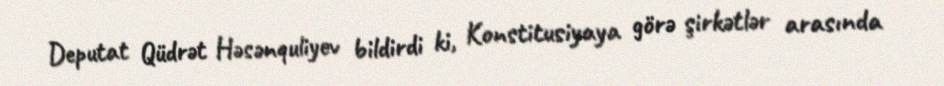
Deputat Qüdrət Həsənquliyev bildirdi ki, Konstitusiyaya görə şirkətlər arasında